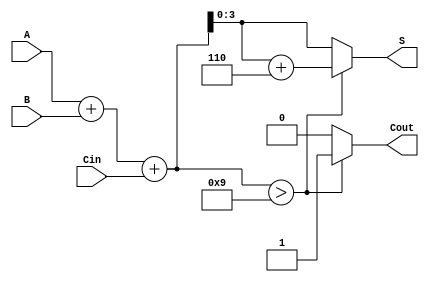
module BCD_Adder (
    input  [3:0] A,      // First BCD digit
    input  [3:0] B,      // Second BCD digit
    input        Cin,     // Carry-in
    output reg [3:0] S,   // BCD sum
    output reg Cout       // Carry-out
);

    wire [4:0] Temp_Sum; // 5-bit to accommodate possible carry
    wire [4:0] Adjusted_Sum;

    // Step 1: Calculate the initial binary sum
    assign Temp_Sum = A + B + Cin;

    // Step 2: BCD Correction Logic
    always @(*) begin
        // Default values
        S = 4'b0000;
        Cout = 1'b0;

        // Check if correction is needed
        if (Temp_Sum > 9) begin
            Adjusted_Sum = Temp_Sum + 5'd6; // Add 6 for BCD correction
            S = Adjusted_Sum[3:0];          // Take the lower 4 bits as the result
            Cout = 1'b1;                     // Set carry-out
        end else begin
            S = Temp_Sum[3:0];               // No correction needed
            Cout = 1'b0;                     // No carry-out
        end
    end

endmodule